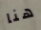
هنا